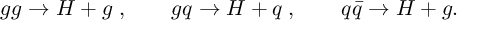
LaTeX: g g \to H + g \; , \qquad g q \to H + q \; , \qquad q \bar { q } \to H + g .